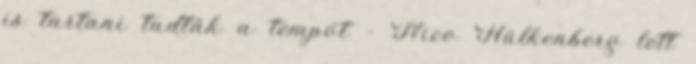
is tartani tudták a tempót – Nico Hülkenberg lett